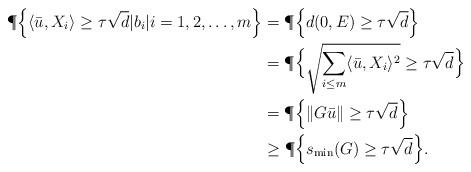
LaTeX: \begin{align*}\P \Big\{ \langle \bar{u},X_i\rangle \ge \tau\sqrt{d} \vert b_i\vert i=1,2,\dots ,m\Big\}&= \P \Big\{ d(0,E)\ge \tau\sqrt{d}\Big\}\\&= \P \Big\{ \sqrt{\sum_{i\le m} \langle \bar{u}, X_i\rangle^2}\ge \tau\sqrt{d}\Big\}\\&=\P\Big\{\Vert G\bar{u}\Vert\ge \tau\sqrt{d}\Big\}\\&\ge \P\Big\{ s_{\min}(G)\ge \tau\sqrt{d}\Big\}.\end{align*}